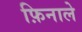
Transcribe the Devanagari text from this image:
फ़िनाले